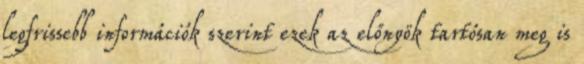
legfrissebb információk szerint ezek az előnyök tartósan meg is